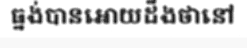
ធ្នង់បានអោយដឹងថានៅ